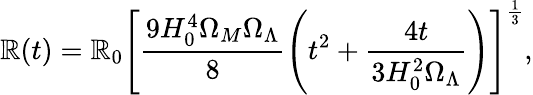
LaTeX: \mathbb{R}(t)=\mathbb{R}_{0}\left[\frac{{9H_{0}^{4}\Omega_{M}\Omega_{\Lambda}}}{{8}}\left(t^{2}+\frac{{4t}}{{3H_{0}^{2}\Omega_{\Lambda}}}\right)\right]^{\frac{{1}}{{3}}},